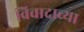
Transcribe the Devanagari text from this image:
विवादाच्या